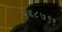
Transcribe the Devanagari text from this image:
५६८७९९